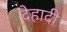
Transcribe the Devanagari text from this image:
देहादी